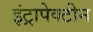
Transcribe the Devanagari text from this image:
इंट्रापेक्टीन